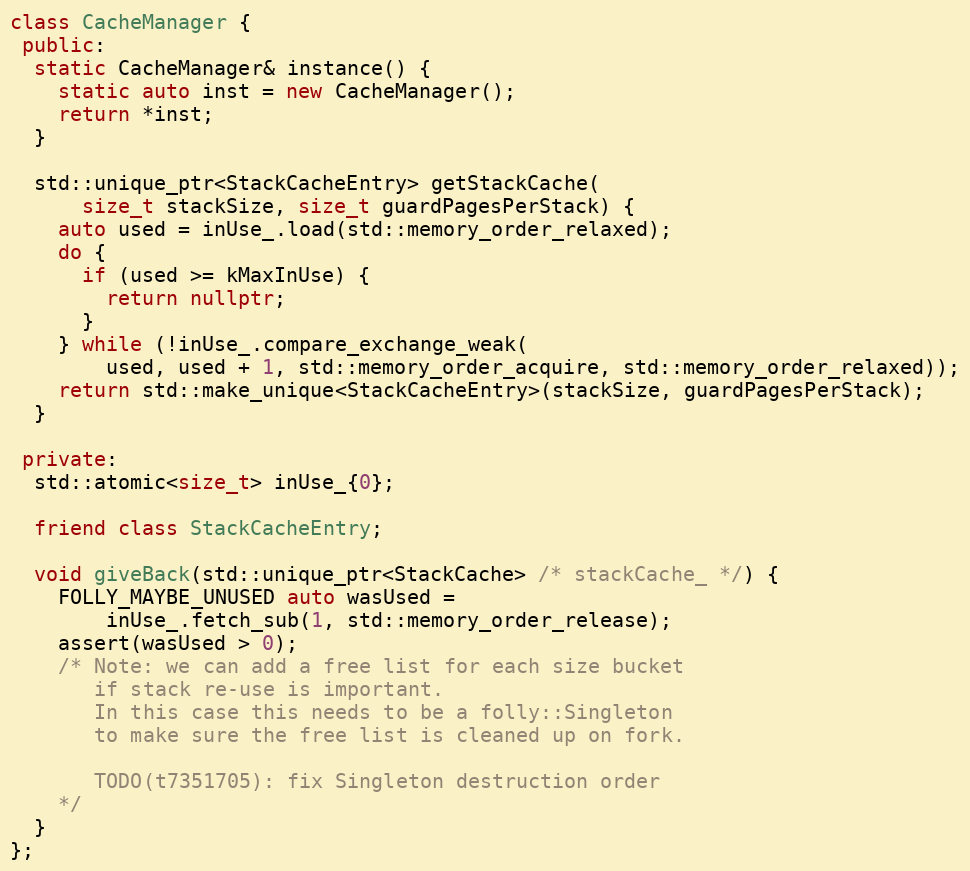
Language: C++
class CacheManager {
 public:
  static CacheManager& instance() {
    static auto inst = new CacheManager();
    return *inst;
  }

  std::unique_ptr<StackCacheEntry> getStackCache(
      size_t stackSize, size_t guardPagesPerStack) {
    auto used = inUse_.load(std::memory_order_relaxed);
    do {
      if (used >= kMaxInUse) {
        return nullptr;
      }
    } while (!inUse_.compare_exchange_weak(
        used, used + 1, std::memory_order_acquire, std::memory_order_relaxed));
    return std::make_unique<StackCacheEntry>(stackSize, guardPagesPerStack);
  }

 private:
  std::atomic<size_t> inUse_{0};

  friend class StackCacheEntry;

  void giveBack(std::unique_ptr<StackCache> /* stackCache_ */) {
    FOLLY_MAYBE_UNUSED auto wasUsed =
        inUse_.fetch_sub(1, std::memory_order_release);
    assert(wasUsed > 0);
    /* Note: we can add a free list for each size bucket
       if stack re-use is important.
       In this case this needs to be a folly::Singleton
       to make sure the free list is cleaned up on fork.

       TODO(t7351705): fix Singleton destruction order
    */
  }
};